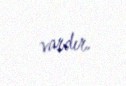
vardır.